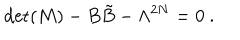
\det ( M ) - B { \tilde { B } } - \Lambda ^ { 2 N } = 0 ~ .